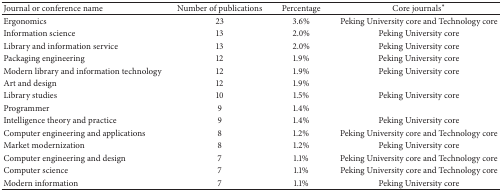
| Journal or conference name | Number of publications | Percentage | Core journals∗ |
 | --- | --- | --- | --- |
 | Ergonomics | 23 | 3.6% | Peking University core and Technology core |
 | Information science | 13 | 2.0% | Peking University core |
 | Library and information service | 13 | 2.0% | Peking University core |
 | Packaging engineering | 12 | 1.9% | Peking University core |
 | Modern library and information technology | 12 | 1.9% | Peking University core |
 | Art and design | 12 | 1.9% |  |
 | Library studies | 10 | 1.5% | Peking University core |
 | Programmer | 9 | 1.4% |  |
 | Intelligence theory and practice | 9 | 1.4% | Peking University core |
 | Computer engineering and applications | 8 | 1.2% | Peking University core and Technology core |
 | Market modernization | 8 | 1.2% | Peking University core |
 | Computer engineering and design | 7 | 1.1% | Peking University core and Technology core |
 | Computer science | 7 | 1.1% | Peking University core and Technology core |
 | Modern information | 7 | 1.1% | Peking University core |